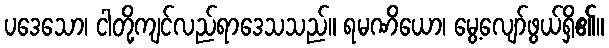
ပဒေသော၊ ငါတို့ကျင်လည်ရာဒေသသည်။ ရမဏိယော၊ မွေ့လျော်ဖွယ်ရှိ၏။